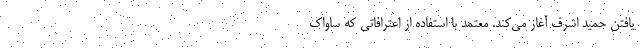
یافتن حمید اشرف آغاز می‌کند. معتمد با استفاده از اعترافاتی که ساواک